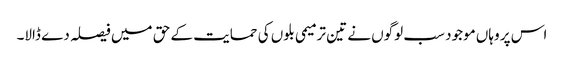
اس پر وہاں موجود سب لوگوں نے تین ترمیمی بلوں کی حمایت کے حق میں فیصلہ دے ڈالا۔